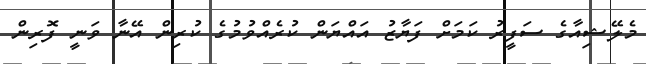
މެލޭޝިއާގެ ސަފީރު ކަމަށް ފަޔާޒު އައްޔަން ކުރެއްވުމުގެ ކުރިން އޭނާ ވަނީ ފޮރިން